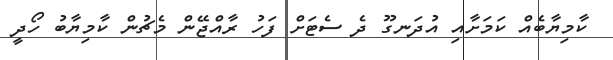
ކާމިޔާބެއް ކަމަށާއި އުދަނގޫ ދެ ސެޓަށް ފަހު ރާއްޖޭން މެޗުން ކާމިޔާބު ހޯދީ